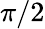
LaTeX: \pi/2